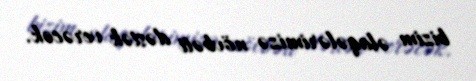
bizim əlaqələrimizə növbəti dəstək verəcək.